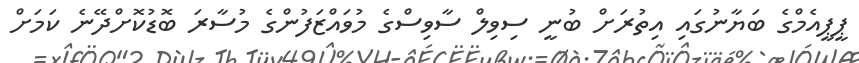
ޕީޕީއެމްގެ ބަޔާނުގައި އިތުރަށް ބުނީ ސިވިލް ސާވިސްގެ މުވައްޒަފުންގެ މުސާރަ ބޮޑުކޮށްދޭނެ ކަމަށް